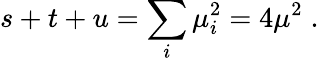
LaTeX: s+t+u=\sum_{i}\mu_{i}^{2}=4\mu^{2}\; .